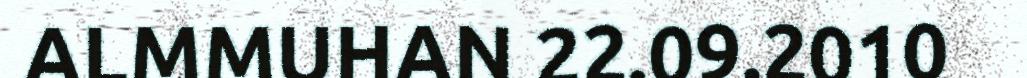
ALMMUHAN 22.09.2010